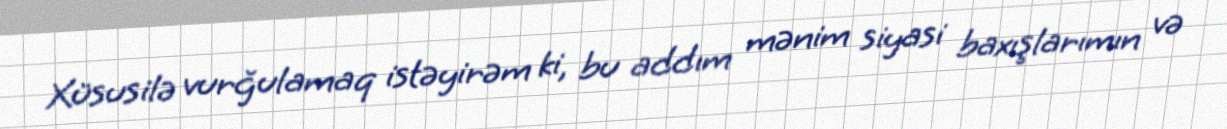
Xüsusilə vurğulamaq istəyirəm ki, bu addım mənim siyasi baxışlarımın və